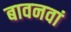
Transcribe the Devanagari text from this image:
बावनवां